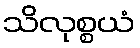
သိလုစ္စယံ